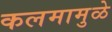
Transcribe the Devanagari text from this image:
कलमामुळे